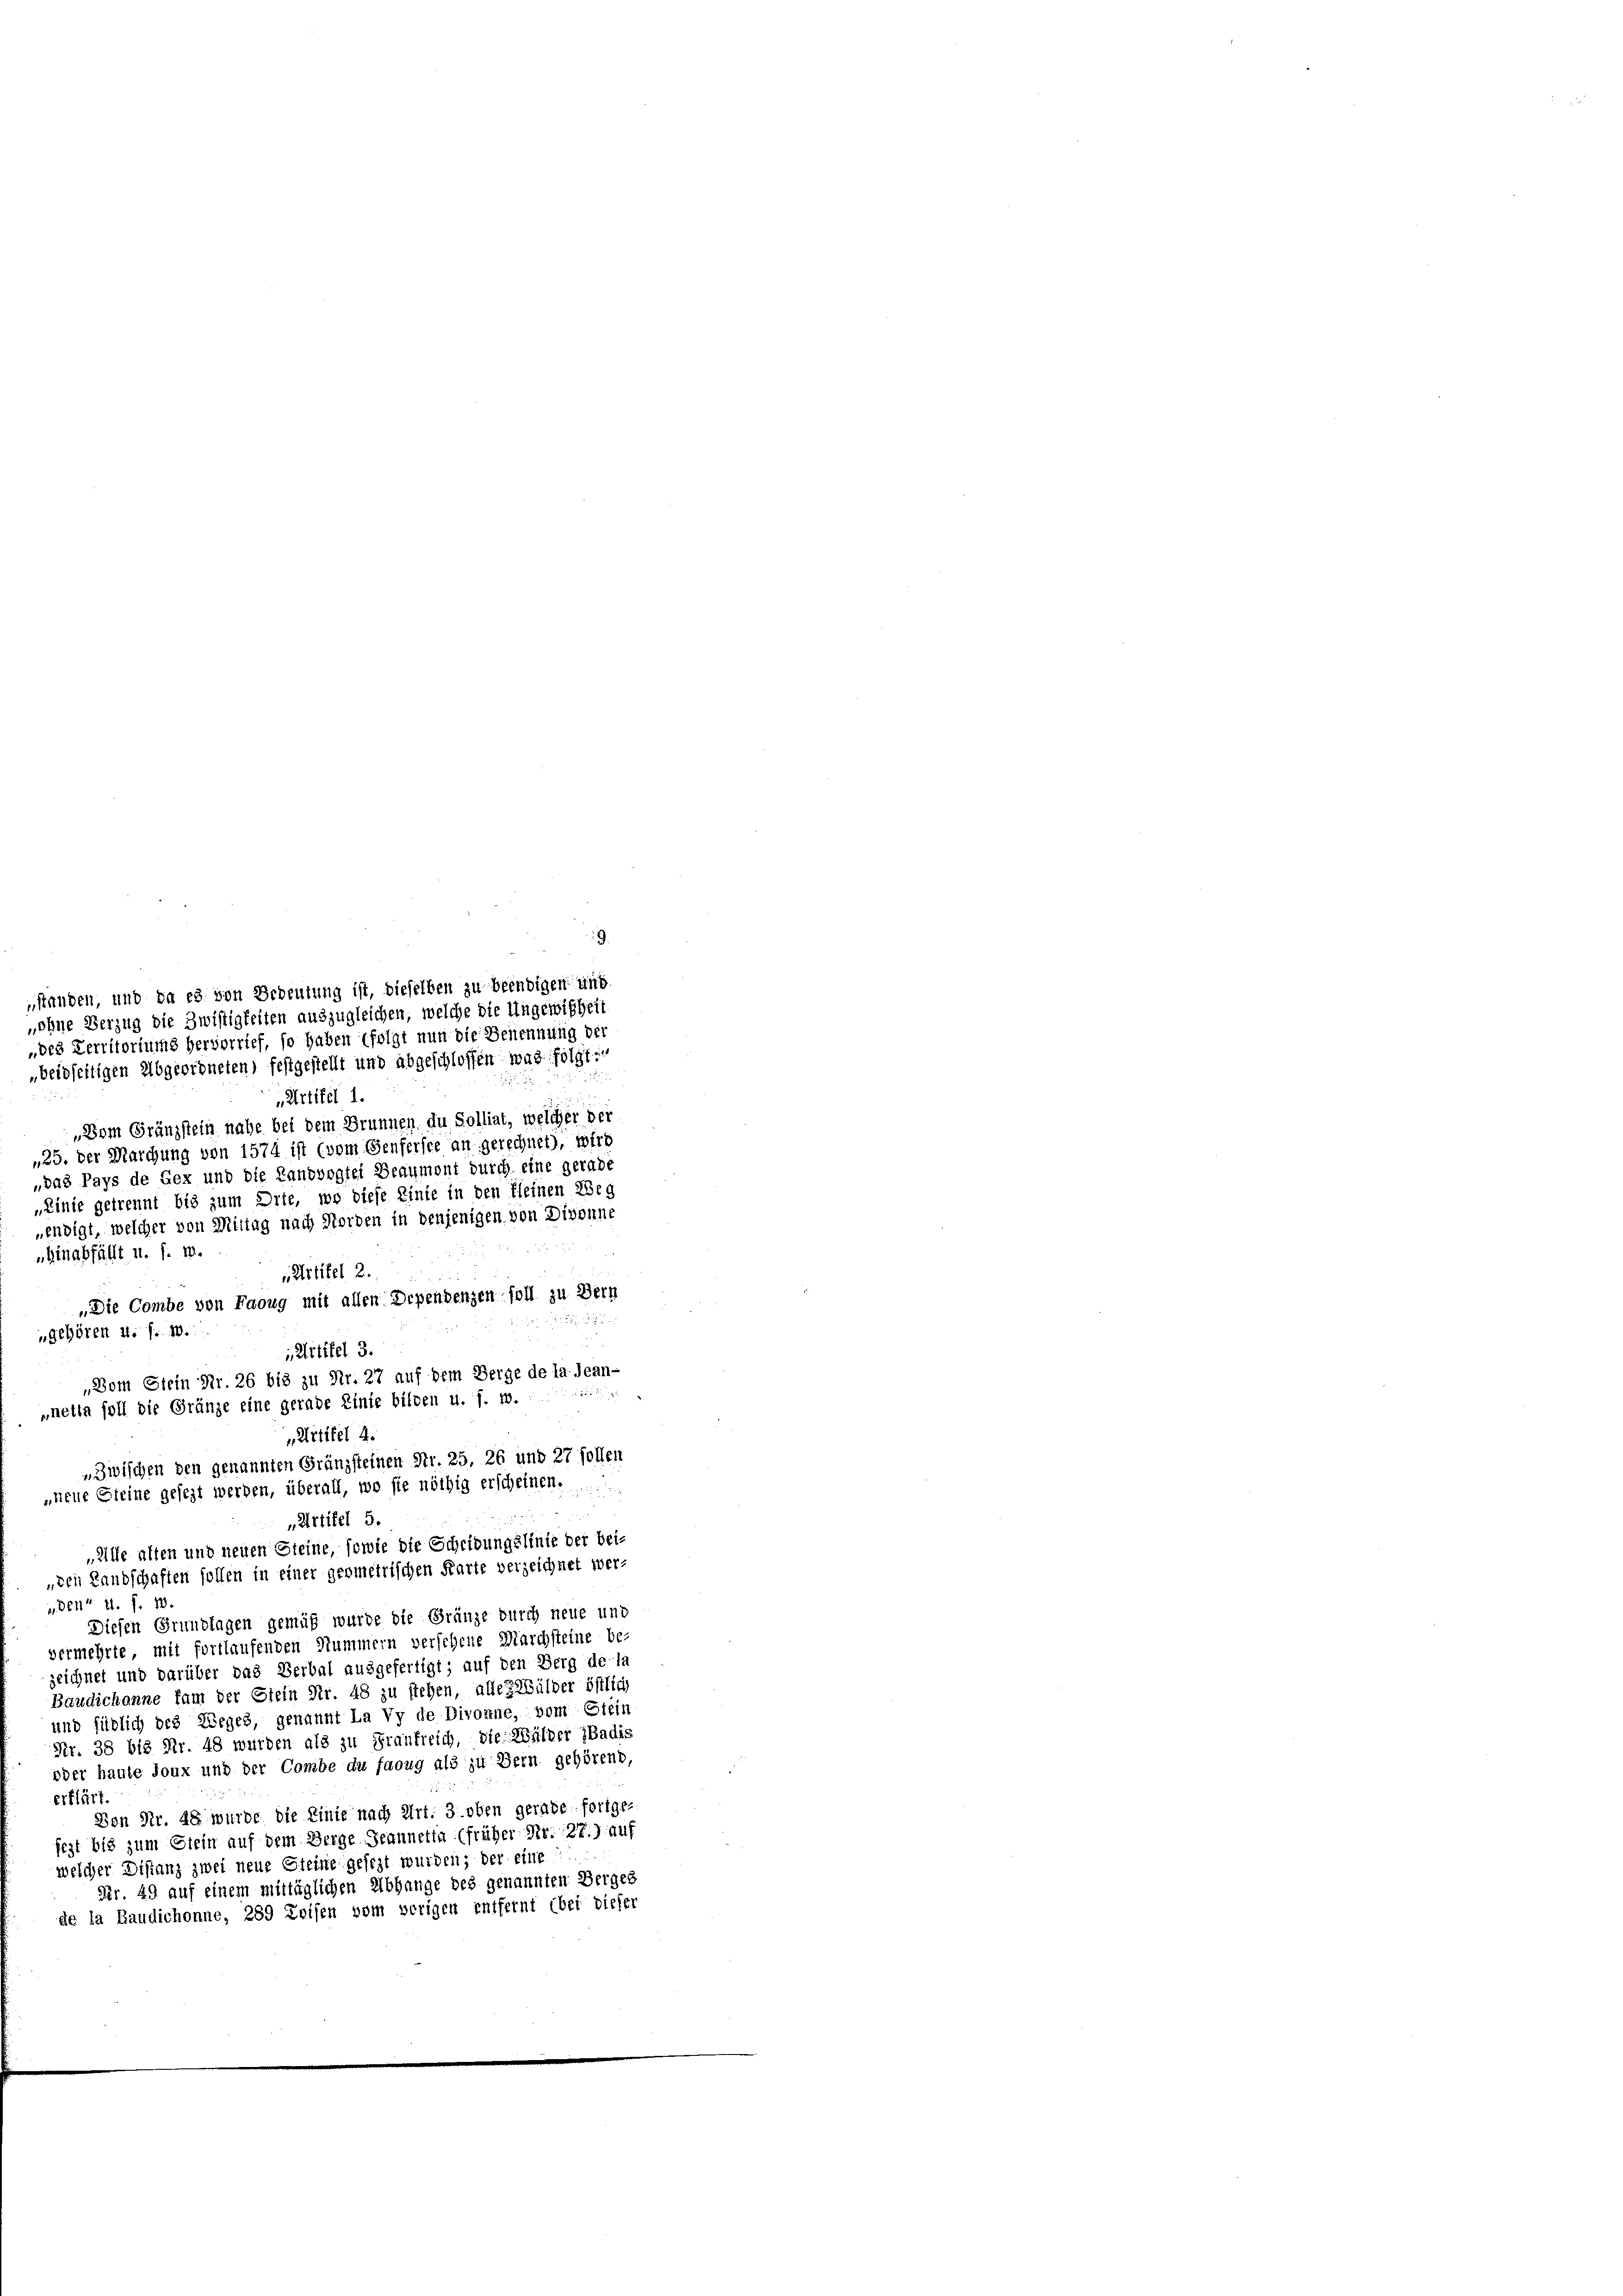
standen, und da es von Bedeutung ist, dieselben zu beendigen und
„ohne Verzug die Zwistigkeiten auszugleichen, welche die Ungewißheit
„des Verritoriums hervorrief, so haben folgt nun die Benennung der
„beidseitigen Abgeordneten, festgestellt und abgeschlossen war folgt:
„Artikel 1.
„Dem Gränzstein nahe bei dem Brunnen du Solliat, welcher der
„25. der Marchung von 1574 ist (vom Genfersee an gerechnet), wird
„das Pays de Gex und die Landvogtei Beaumont durch eine gerade
„Linie getrennt bis zum Orte, wo diese Linie in den fleinen Weg
endigt, welcher von Mittag nach Norden in denjenigen von Divonne
„Hinabfällt u. s. w.
Artikel 2.
„Die Combe von Faoug mit allen Dependenzen soll zu Bern
e
„Alle alten und neuen Steine, sowie die Scheidungslinie der bei-
„den Landschaften sollen in einer geometrischen Karte verzeichnet werden“ u. f. 10.
Diesen Grundlagen gemäß wurde die Gränze durch neue und
vermehrte mit fortlaufenden Hummern versehene Marchsteine be-
zeichnet und darüber das Verbal ausgefertigt; auf den Berg de la
Baudichanne fam der Glein Nr. 48 zu stehen, alles Mülder östlich
und südlich des Weges, genannt La Vy de Divorne, vom Stein
Nr. 38 b18 Fr. 48 wurden als zu Frankreich, die Wälder Badis
oder haute Joux und der Combe du faoug als zu Bern gehörend,
erklärt.
Von Nr. 48 wurde die Linie nach Art. 3. oben gerade fortge-
fegt bis zum Stein auf dem Berge-Geannetia (früher Nr. 27) auf
welcher Distanz zwei neue Steine gesezt wurden; der eine
Fr. 49 auf einem mittäglichen Abhange des genannten Berges
de la Raudichonne, 289 Leisen vom vorigen entfernt bei dieser

„gehören u. s. w.
i Artikel 3.
„Dom Stein Nr. 26 bis zu Nr. 27 auf dem Berge de la Jean-
„netta soll die Gränze eine gerade Linie bilden u. s. w.
„Artikel 4.
„Zwischen den genannten Gränzsteinen Str. 25, 26 und 27 sollen
„neue Steine gesezt werden, überall, wo sie nöthig erscheinen.
„Artikel 5.

9.